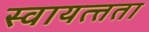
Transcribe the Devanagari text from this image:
स्वायत्त्तता